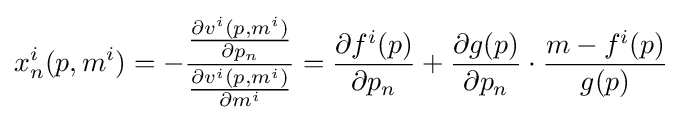
x_{n}^{i}(p,m^{i})=-{\frac {\frac {\partial v^{i}(p,m^{i})}{\partial p_{n}}}{\frac {\partial v^{i}(p,m^{i})}{\partial m^{i}}}}={\frac {\partial f^{i}(p)}{\partial p_{n}}}+{\frac {\partial g(p)}{\partial p_{n}}}\cdot {\frac {m-f^{i}(p)}{g(p)}}